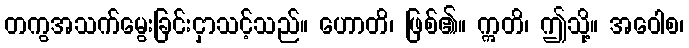
တကွအသက်မွေးခြင်းငှာသင့်သည်။ ဟောတိ၊ ဖြစ်၏။ ဣတိ၊ ဤသို့။ အဝေါစ၊